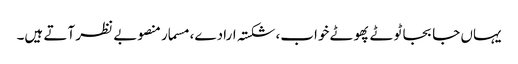
یہاں جا بجا ٹوٹے پھوٹے خواب، شکستہ ارادے، مسمار منصوبے نظر آتے ہیں۔